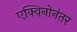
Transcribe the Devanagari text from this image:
एक्विनोनंतर